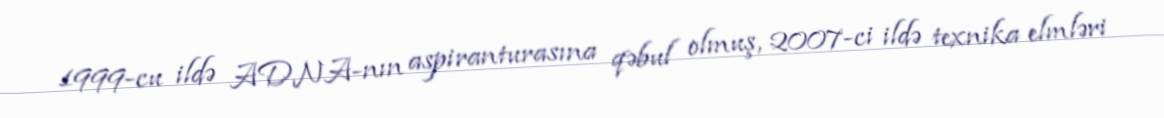
1999-cu ildə ADNA-nın aspiranturasına qəbul olmuş, 2007-ci ildə texnika elmləri